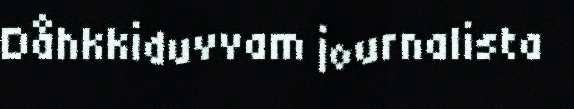
Dåhkkiduvvam journalista